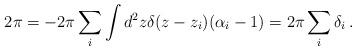
LaTeX: \begin{align*}2\pi = - 2\pi \sum_i \int d^2 z \delta(z-z_i)(\alpha_i-1) = 2\pi\sum_i\delta_i \, .\end{align*}